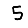
Digit: 5